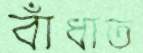
বাঁধাত